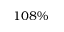
1 0 8 \%